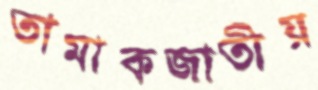
তামাকজাতীয়